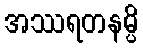
အဿရတနမ္ပိ